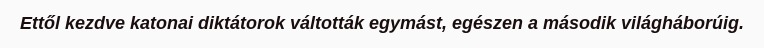
Ettől kezdve katonai diktátorok váltották egymást, egészen a második világháborúig.